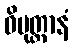
ဝိမုတ္တာနံ